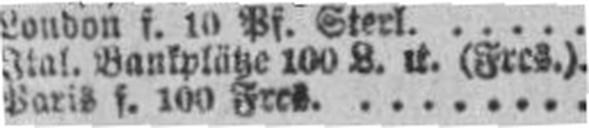
Paris f. 100 Frcs.